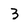
Character: 3